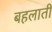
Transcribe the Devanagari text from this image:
बहलाती